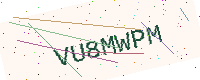
Text: VU8MWPM